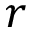
r